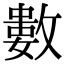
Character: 𢿙